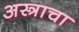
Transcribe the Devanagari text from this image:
अस्त्राचा